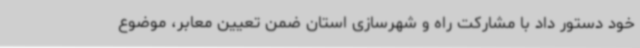
خود دستور داد با مشارکت راه و شهرسازی استان ضمن تعیین معابر، موضوع